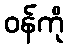
ဝန်ကို